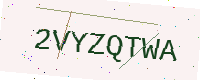
Text: 2VYZQTWA